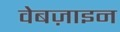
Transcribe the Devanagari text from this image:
वेबज़ाइन